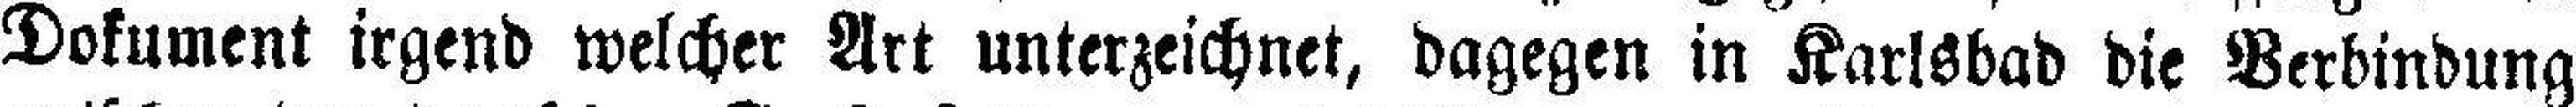
Dokument irgend welcher Art unterzeichnet, dagegen in Karlsbad die Verbindung